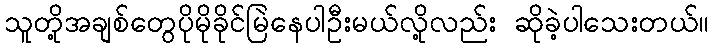
သူတို့အချစ်တွေပိုမိုခိုင်မြဲနေပါဦးမယ်လို့လည်း ဆိုခဲ့ပါသေးတယ်။